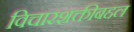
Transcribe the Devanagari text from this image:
विचारशक्तीबद्दल